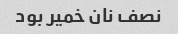
نصف نان خمیر بود